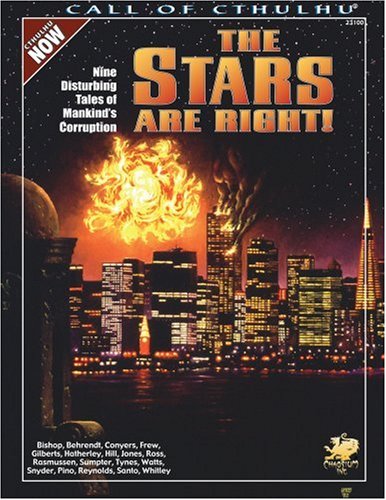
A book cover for The Stars Are Right! - Nine Disturbing Tales of Mankind's Corruption (Call of Cthulhu Horror Roleplaying); Science Fiction & Fantasy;